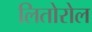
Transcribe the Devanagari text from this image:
लितोरोल